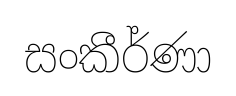
සංකීර්ණා